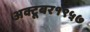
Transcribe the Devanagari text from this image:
अक्टूबर१९५७